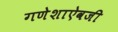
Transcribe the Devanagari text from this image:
गणेशाऐवजी